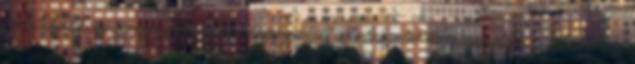
Automatikus összekapcsolás funkció leegyszerűsíti az alakzatok összekapcsolását: Amikor az